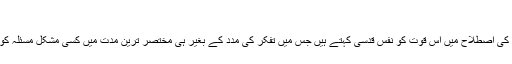
[18][19]
نفسِ قدسی: فلسفہ کی اصطلاح میں اُس قوت کو نفسِ قدسی کہتے ہیں جس میں تفکر کی مدد کے بغیر ہی مختصر ترین مدت میں کسی مشکل مسئلہ کو سمجھ لیا جائے۔